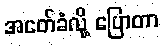
အငတ်ခံလို့ ပြောတာ